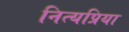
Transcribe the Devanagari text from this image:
नित्यप्रिया